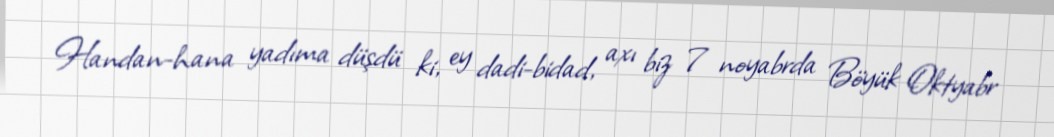
Handan-hana yadıma düşdü ki, ey dadi-bidad, axı biz 7 noyabrda Böyük Oktyabr